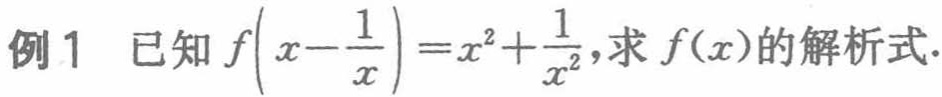
例1 已知\(f\left(x - \frac{1}{x}\right)=x^{2}+\frac{1}{x^{2}}\)，求\(f(x)\)的解析式.